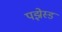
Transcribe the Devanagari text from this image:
पझेस्ड